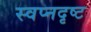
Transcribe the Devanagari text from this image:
स्वप्नदृष्ट